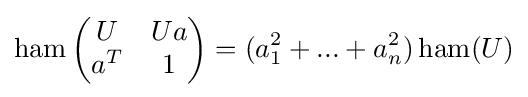
\operatorname {ham} \left({\begin{matrix}U&{Ua}\\a^{T}&1\end{matrix}}\right)=(a_{1}^{2}+...+a_{n}^{2})\operatorname {ham} (U)